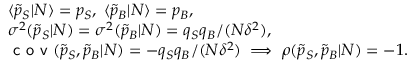
\begin{array} { r l } & { \langle \tilde { p } _ { S } | N \rangle = p _ { S } , \; \langle \tilde { p } _ { B } | N \rangle = p _ { B } , } \\ & { \sigma ^ { 2 } ( \tilde { p } _ { S } | N ) = \sigma ^ { 2 } ( \tilde { p } _ { B } | N ) = q _ { S } q _ { B } / ( N \delta ^ { 2 } ) , } \\ & { \textsf { c o v } ( \tilde { p } _ { S } , \tilde { p } _ { B } | N ) = - q _ { S } q _ { B } / ( N \delta ^ { 2 } ) \; \Longrightarrow \; \rho ( \tilde { p } _ { S } , \tilde { p } _ { B } | N ) = - 1 . } \end{array}